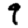
Digit: 9